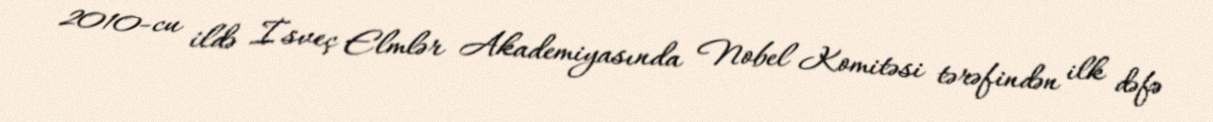
2010-cu ildə İsveç Elmlər Akademiyasında Nobel Komitəsi tərəfindən ilk dəfə